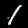
Label: 1